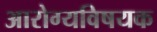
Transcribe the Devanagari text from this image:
अारोग्यविषयक